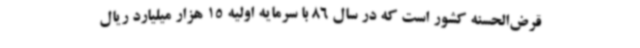
قرض‌الحسنه کشور است که در سال 86 با سرمایه اولیه 15 هزار میلیارد ریال